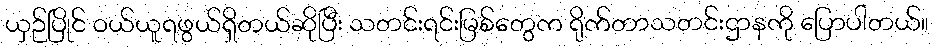
ယှဉ်ပြိုင် ဝယ်ယူရဖွယ်ရှိတယ်ဆိုပြီး သတင်းရင်းမြစ်တွေက ရိုက်တာသတင်းဌာနကို ပြောပါတယ်။